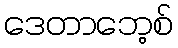
ဒေတာဘေ့စ်